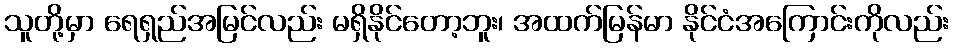
သူတို့မှာ ရေရှည်အမြင်လည်း မရှိနိုင်တော့ဘူး၊ အထက်မြန်မာ နိုင်ငံအကြောင်းကိုလည်း